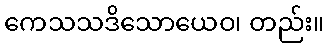
ကေသသဒိသောယေဝ၊ တည်း။